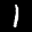
Label: 1